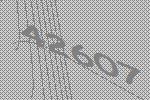
42607